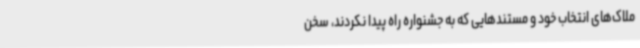
ملاک‌های انتخاب خود و مستندهایی که به جشنواره راه پیدا نکردند، سخن